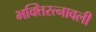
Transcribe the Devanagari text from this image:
भक्तिरत्नावली